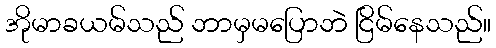
အိုမာခယမ်သည် ဘာမှမပြောဘဲ ငြိမ်နေသည်။